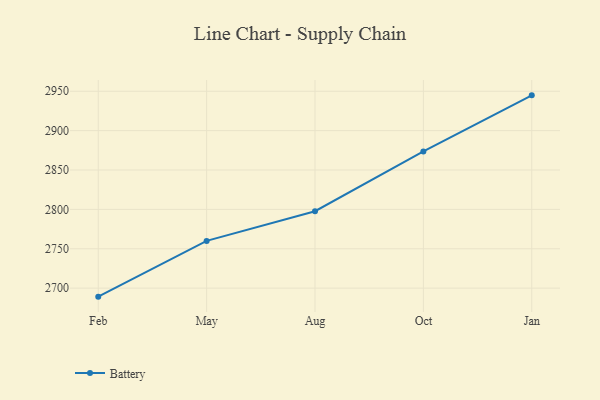
{"axis": {"x": "Month", "y": "Inventory Turnover"}, "legend": ["Battery"], "data": [{"x": "Feb", "y": 2689.2, "type": "Battery"}, {"x": "May", "y": 2760.0, "type": "Battery"}, {"x": "Aug", "y": 2797.7, "type": "Battery"}, {"x": "Oct", "y": 2873.6, "type": "Battery"}, {"x": "Jan", "y": 2944.8, "type": "Battery"}]}